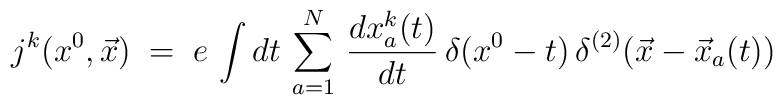
j^k(x^0,{\vec x}) \;=\; e\, \int dt \, \sum_{a=1}^N \,\frac{dx^k_a(t)}{dt} \,\delta(x^0-t)\, \delta^{(2)}({\vec x}-{\vec x}_a (t))